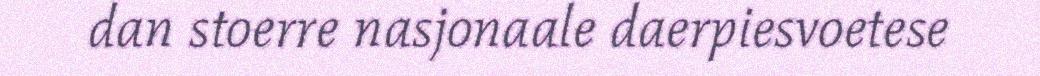
dan stoerre nasjonaale daerpiesvoetese